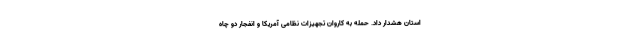
استان هشدار داد. حمله به کاروان تجهیزات نظامی آمریکا و انفجار دو چاه